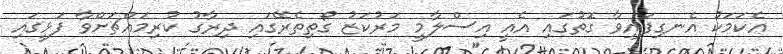
އެކަމަކު އެނގިފައިވާ ގޮތުގައި އެއީ އިސްލާމީ މަރުކަޒު ގޯތިތެރޭގައި ދިރާގު ކުރިމައްޗަށްވާ ފަޅީގައި